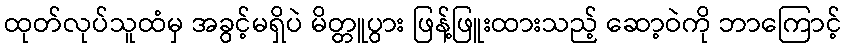
ထုတ်လုပ်သူထံမှ အခွင့်မရှိပဲ မိတ္တူပွား ဖြန့်ဖြူးထားသည့် ဆော့ဝဲကို ဘာကြောင့်